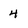
Character: 4